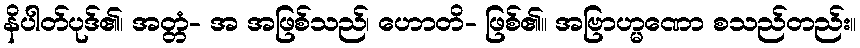
နိပါတ်ပုဒ်၏၊ အတ္တံ- အ အဖြစ်သည်၊ ဟောတိ- ဖြစ်၏။ အဗြာဟ္မဏော စသည်တည်း။